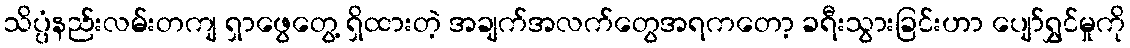
သိပ္ပံနည်းလမ်းတကျ ရှာဖွေတွေ့ ရှိထားတဲ့ အချက်အလက်တွေအရကတော့ ခရီးသွားခြင်းဟာ ပျော်ရွှင်မှုကို